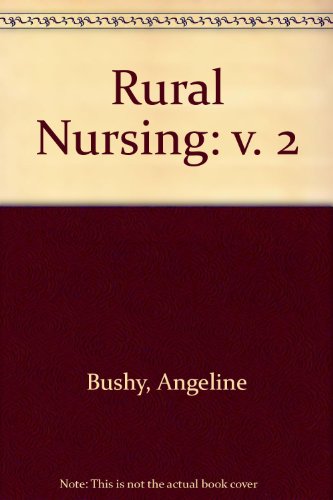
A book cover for Rural Nursing, Vol. 2; Angeline Bushy; Medical Books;